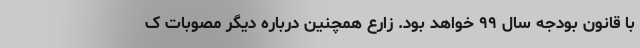
با قانون بودجه سال ۹۹ خواهد بود. زارع همچنین درباره دیگر مصوبات ک